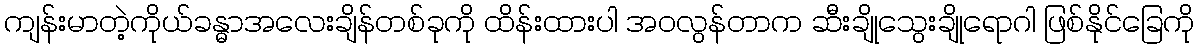
ကျန်းမာတဲ့ကိုယ်ခန္ဓာအလေးချိန်တစ်ခုကို ထိန်းထားပါ အဝလွန်တာက ဆီးချိုသွေးချိုရောဂါ ဖြစ်နိုင်ခြေကို